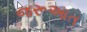
જરૂઆત